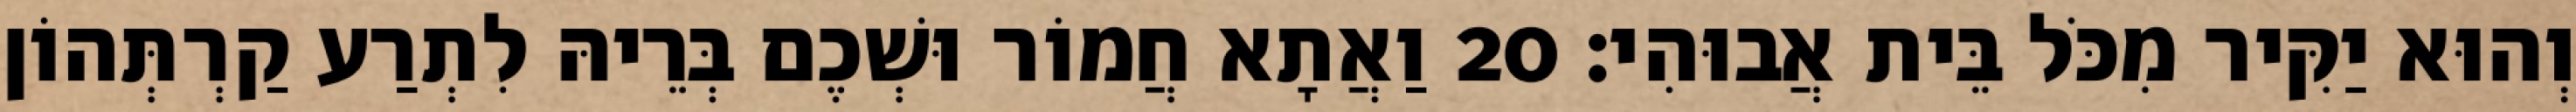
וְהוּא יַקִּיר מִכֹּל בֵּית אֲבוּהִי׃ 20 וַאֲתָא חֲמוֹר וּשְׁכֶם בְּרֵיהּ לִתְרַע קַרְתְּהוֹן